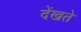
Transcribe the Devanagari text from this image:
देंखते